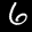
Label: 6